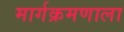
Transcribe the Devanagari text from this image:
मार्गक्रमणाला